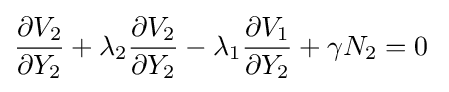
{\frac {\partial V_{2}}{\partial Y_{2}}}+\lambda _{2}{\frac {\partial V_{2}}{\partial Y_{2}}}-\lambda _{1}{\frac {\partial V_{1}}{\partial Y_{2}}}+\gamma N_{2}=0\;